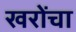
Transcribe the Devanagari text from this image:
खरोंचा